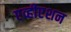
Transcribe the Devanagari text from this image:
एव्हीएशन